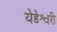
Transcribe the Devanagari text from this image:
येडेश्वरी